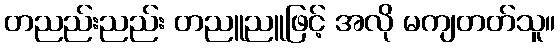
တညည်းညည်း တညူညူဖြင့် အလို မကျတတ်သူ။